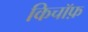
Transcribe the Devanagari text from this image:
किचॉफ़